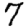
Digit: 7